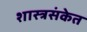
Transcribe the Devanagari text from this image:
शास्त्रसंकेत